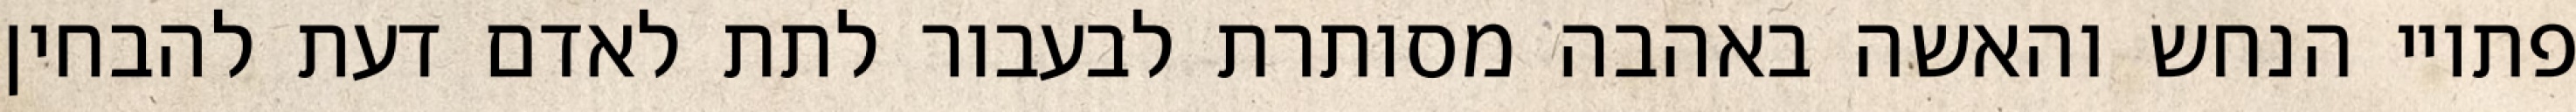
פתויי הנחש והאשה באהבה מסותרת לבעבור לתת לאדם דעת להבחין